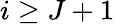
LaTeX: i\ge J+1